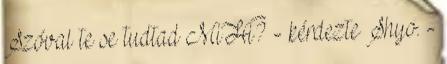
Szóval te se tudtad MiHi? - kérdezte Shyo. -